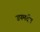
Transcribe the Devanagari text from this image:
उपमर्दन